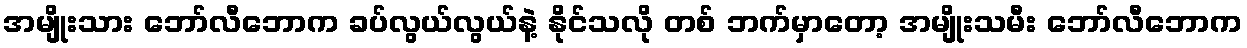
အမျိုးသား ဘော်လီဘောက ခပ်လွယ်လွယ်နဲ့ နိုင်သလို တစ် ဘက်မှာတော့ အမျိုးသမီး ဘော်လီဘောက